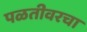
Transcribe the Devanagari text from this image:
पळतीवरचा